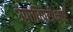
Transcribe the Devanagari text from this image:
उपाधिपरीक्षाएँ